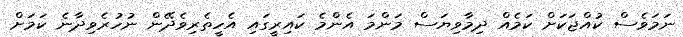
ނަމަވެސް ކުއްޖަކަށް ކަމެއް ދިމާވިޔަސް މަންމަ އެންމެ ކައިރީގައި އެހީތެރިވެދޭން ނުހުރެވިދާނެ ކަމަށް